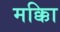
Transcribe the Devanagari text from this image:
मक्काि